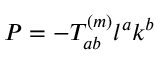
P = - T _ { a b } ^ { ( m ) } l ^ { a } k ^ { b }